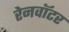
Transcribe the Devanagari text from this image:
रेनवॉटर